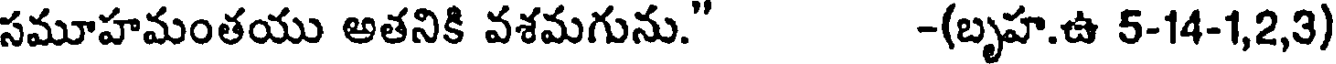
సమూహమంతయు అతనికి వశమగును." -(బృహ.ఉ 5-14-1,2,3)